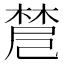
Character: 𣗗